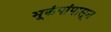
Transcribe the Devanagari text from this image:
भूकंपांपासून